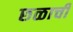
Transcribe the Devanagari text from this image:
छळाची